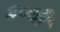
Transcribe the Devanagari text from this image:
६०वी